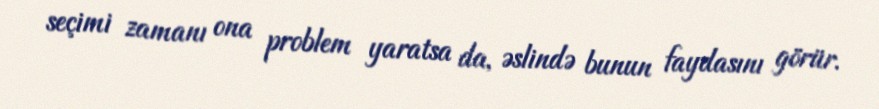
seçimi zamanı ona problem yaratsa da, əslində bunun faydasını görür.